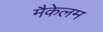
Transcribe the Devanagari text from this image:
मैकेलम